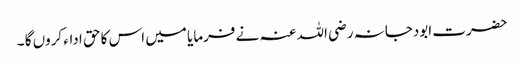
حضرت ابودجانہ رضی اللہ عنہ نے فرمایا میں اس کا حق اداء کروں گا ۔